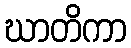
ဃာတိကာ